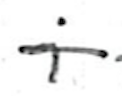
Text: i
Cross-out: single-line
Writing tool: ballpoint